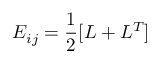
~ ~ ~ ~ ~ ~ ~ ~ ~ ~ ~ ~ ~ ~ ~ ~ ~ ~ ~ ~ ~ ~ ~ ~ ~ ~ ~ ~ ~ ~ ~ ~ ~ ~ ~ ~ ~ ~ ~ ~ ~ ~ ~ ~ ~ ~ ~ ~ ~ ~ ~ E _ { i j } = \frac { 1 } { 2 } [ L + L ^ { T } ]